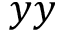
y y